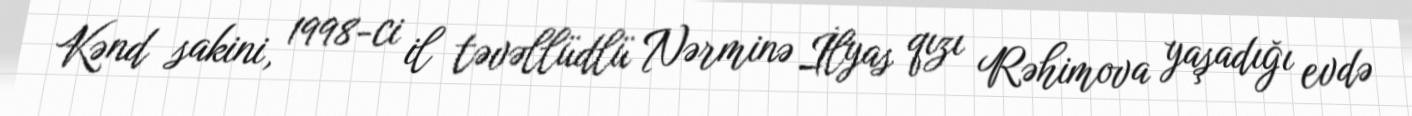
Kənd sakini, 1998-ci il təvəllüdlü Nərminə İlyas qızı Rəhimova yaşadığı evdə